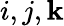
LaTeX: i,j,\mathbf{k}